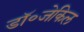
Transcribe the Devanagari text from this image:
डॉ॰जेकिल